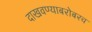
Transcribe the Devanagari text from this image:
दाखवण्याबरोबरच